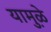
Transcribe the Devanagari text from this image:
यामु़ळे